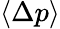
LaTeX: \langle\Delta p\rangle